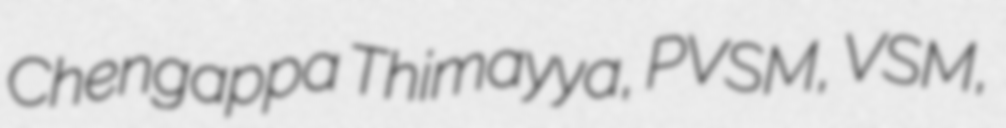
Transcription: Chengappa Thimayya, PVSM, VSM,